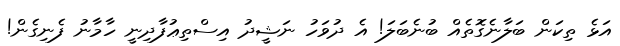
އަޅެ ތިކަން ބަލާނެގޮތެއް ބުނެބަލަ! އެ ދުވަހު ނަޝީދު އިސްތިޢުފާދިނީ ހާމާނު ފެނިގެން!